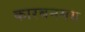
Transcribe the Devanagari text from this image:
कारबनमय